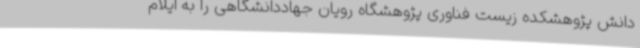
دانش پژوهشکده زیست فناوری پژوهشگاه رویان جهاددانشگاهی را به ایلام